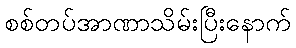
စစ်တပ်အာဏာသိမ်းပြီးနောက်